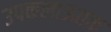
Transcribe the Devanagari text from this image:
उपकलाऊतक